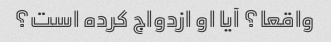
واقعا؟ آیا او ازدواج کرده است؟